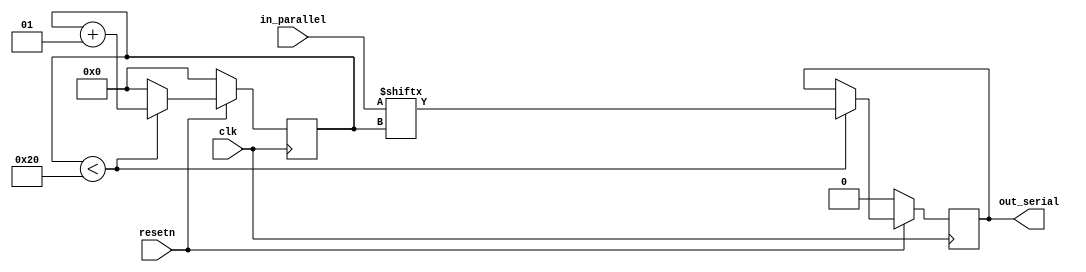
module output_regs #(
    parameter DATA_WIDTH = 32
)(
    input                       clk,
    input                       resetn,
    input [DATA_WIDTH-1:0]      in_parallel,
    output reg                  out_serial
);
    integer counter;

    always @(posedge clk) begin
        if(!resetn) begin
            out_serial      <= 0;
            counter         <= 0;
        end else begin
            if (counter < DATA_WIDTH) begin
                out_serial      <= in_parallel[counter];
                counter         <= counter + 1;
            end else begin
                counter         <= 0;
            end
        end
    end

endmodule